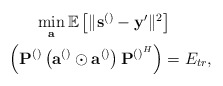
\begin{align*}\begin{gathered}\min_{\mathbf{a}} \mathbb{E}\left[\lVert\mathbf{s}^{\left(\right)}-\mathbf{y}'\rVert^2\right]\\~~\left(\mathbf{P}^{\left(\right)}\left(\mathbf{a}^{\left(\right)}\odot \mathbf{a}^{\left(\right)}\right)\mathbf{P}^{\left(\right)^{H}}\right)=E_{tr},\end{gathered} \end{align*}